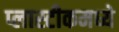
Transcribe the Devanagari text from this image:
प्लास्टीकमध्ये